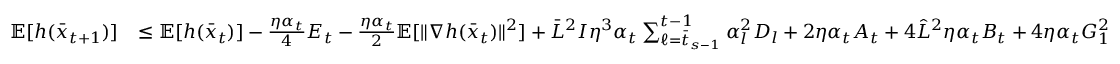
\begin{array} { r l } { \mathbb { E } [ h ( \bar { x } _ { t + 1 } ) ] } & { \leq \mathbb { E } [ h ( \bar { x } _ { t } ) ] - \frac { \eta \alpha _ { t } } { 4 } E _ { t } - \frac { \eta \alpha _ { t } } { 2 } \mathbb { E } [ \| \nabla h ( \bar { x } _ { t } ) \| ^ { 2 } ] + \bar { L } ^ { 2 } I \eta ^ { 3 } \alpha _ { t } \sum _ { \ell = \bar { t } _ { s - 1 } } ^ { t - 1 } \alpha _ { l } ^ { 2 } D _ { l } + 2 \eta \alpha _ { t } A _ { t } + 4 \hat { L } ^ { 2 } \eta \alpha _ { t } B _ { t } + 4 \eta \alpha _ { t } G _ { 1 } ^ { 2 } } \end{array}